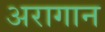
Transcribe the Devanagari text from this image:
अरागान